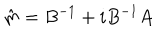
\hat { m } = B ^ { - 1 } + i B ^ { - 1 } A